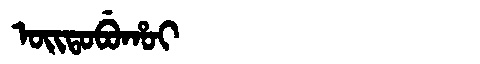
Manchu: ᠣᡳᡨᠣᠪᡠᡥᠣᡳ
Romanization: OITOBUHOI